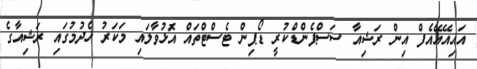
އައިއޭއޭއެފް އިން ރަޝިއާ ސަސްޕެންޑްކުރީ ޑޯޕިން ޓެސްޓްތައް އަޮޅުވާލައި މަކަރު ހެދުމުގައި ރަޝިއާގެ